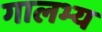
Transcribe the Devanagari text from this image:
गालभ्य